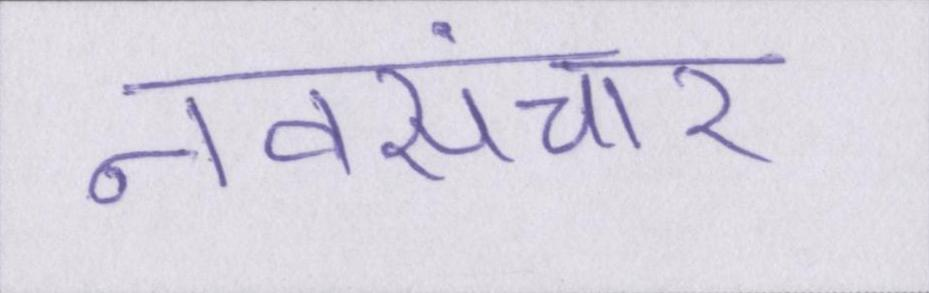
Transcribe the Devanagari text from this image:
नवसंचार